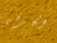
الحرفي